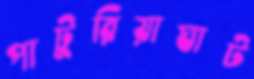
পাটুরিয়াঘাট